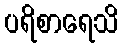
ပရိစာရေသိ